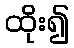
ထိုး၍